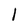
Character: I